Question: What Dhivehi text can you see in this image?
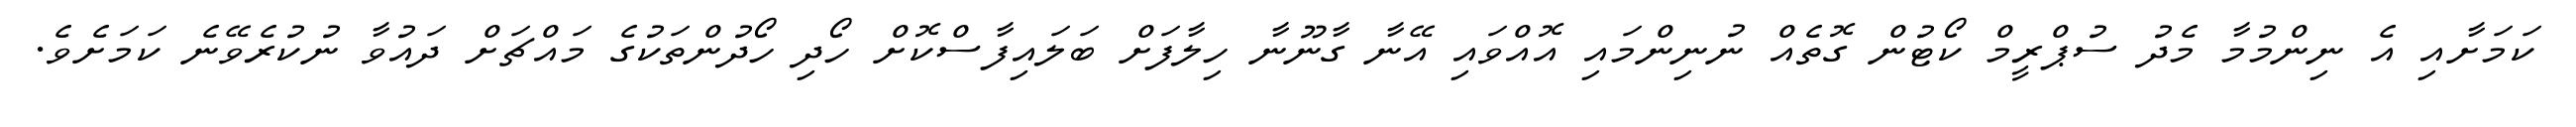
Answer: ކަމަށާއި އެ ނިންމުމާ މެދު ސުޕްރީމް ކޯޓުން ގޮތެއް ނުނިންމައި އޮއްވައި އޭނާ ގާނޫނާ ހިލާފަށް ބަލައިފާސްކޮށް ހޯދި ހޯދުންތަކުގެ މައްޗަށް ދައުވާ ނުކުރެވޭނެ ކަމަށެވެ.